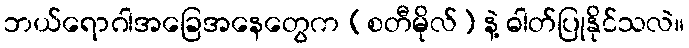
ဘယ်ရောဂါအခြေအနေတွေက (စတီမိုလ်) နဲ့ ဓါတ်ပြုနိုင်သလဲ။